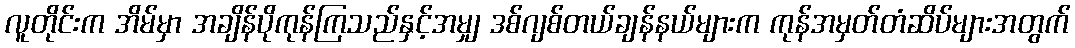
လူတိုင်းက အိမ်မှာ အချိန်ပိုကုန်ကြသည်နှင့်အမျှ ဒစ်ဂျစ်တယ်ချန်နယ်များက ကုန်အမှတ်တံဆိပ်များအတွက်